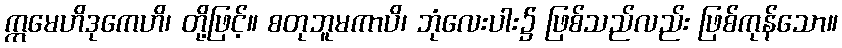
ဣမေဟိဒုကေဟိ၊ တို့ဖြင့်။ စတုဘူမကာပိ၊ ဘုံလေးပါး၌ ဖြစ်သည်လည်း ဖြစ်ကုန်သော။